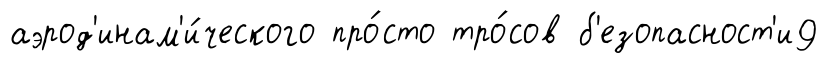
аэрод'инам'и́ческого про́сто тро́сов б'езопасност'и9